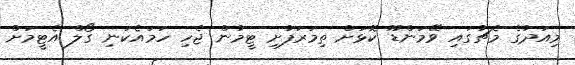
މިއަދުގެ މެޗުގައި ވޭމަންޑޫ ކޮޅަށް ތިމަރަފުށި ޓީމުން ޖެހި ހަމައެކަނި ގޯލް އެޓީމަށް